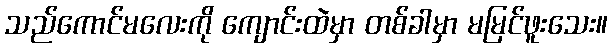
သည်ကောင်မလေးကို ကျောင်းထဲမှာ တစ်ခါမှာ မမြင်ဖူးသေး။